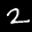
Label: 2